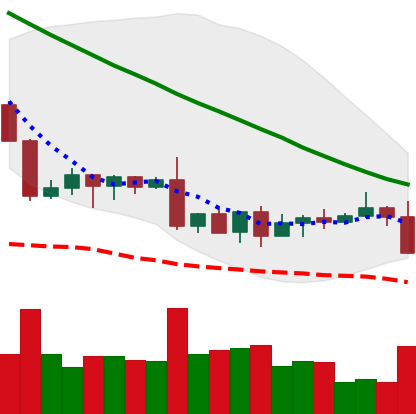
Ticker: XLM-USD
Chart end date: 2022-09-06
Forward return: 14.392%
Label: up_7plus